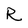
Character: R